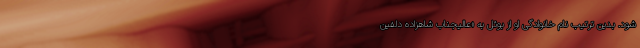
شود. بدین ترتیب نام خانوادگی او از بوئل به «عالیجناب شاهزاده دلفین